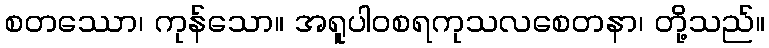
စတဿော၊ ကုန်သော။ အရူပါဝစရကုသလစေတနာ၊ တို့သည်။